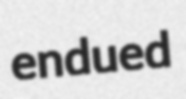
endued